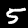
Digit: 5